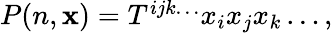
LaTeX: \begin{array}{r}{P(n,\mathbf{x})=T^{ijk\ldots}x_{i}x_{j}x_{k}\ldots,}\end{array}